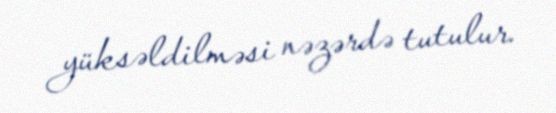
yüksəldilməsi nəzərdə tutulur.